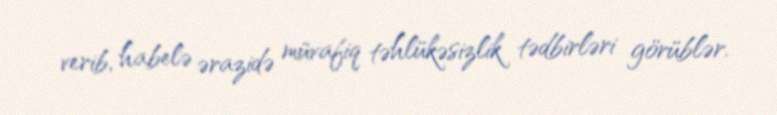
verib, habelə ərazidə müvafiq təhlükəsizlik tədbirləri görüblər.